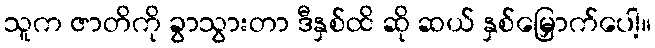
သူက ဇာတိကို ခွာသွားတာ ဒီနှစ်ထိ ဆို ဆယ် နှစ်မြှောက်ပေါ့။